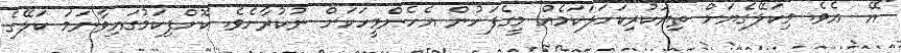
"އޭ  އެވެ. މިކަލޭގެޔަށް ތިޔަކުރިކަހަލަކަމެއް މީގެފަހުން އެހެންމީހަކަށް ނުކުރާށެވެ. ކޮށްފިކަމުގައިވާނަމަ ކަލޭގެ